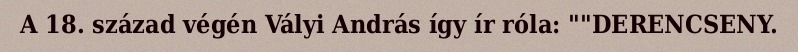
A 18. század végén Vályi András így ír róla: ""DERENCSENY.